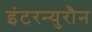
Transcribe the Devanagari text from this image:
इंटरन्युरौन